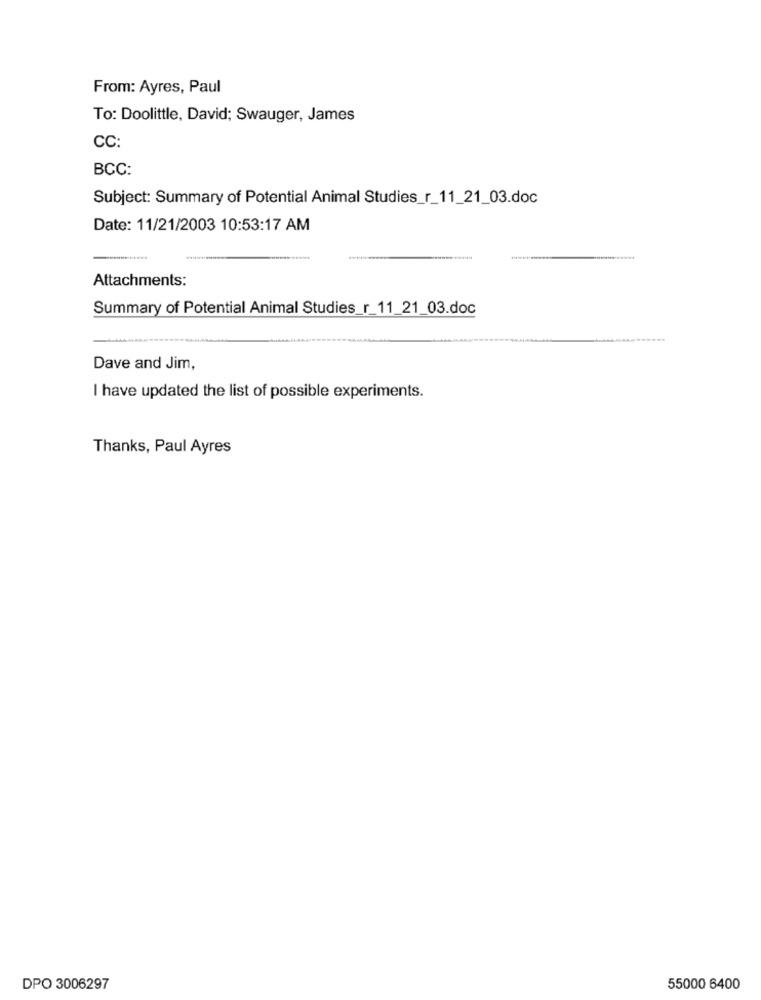
From: Ayres, Paul
To: Doolittle, David; Swauger, James
CC:
BCC:
Subject: Summary of Potential Animal Studies_r_11_21_03.doc
Date: 11/21/2003 10:53:17 AM
Attachments:
Summary of Potential Animal Studies_r_11_21_03.doc
Dave and Jim,
I have updated the list of possible experiments.
Thanks, Paul Ayres
DPO 3006297
55000 6400